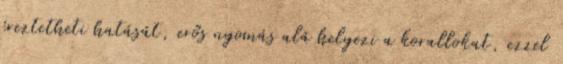
éreztetheti hatását, erős nyomás alá helyezi a korallokat, ezzel